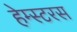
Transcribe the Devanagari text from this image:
हेम्स्टरस